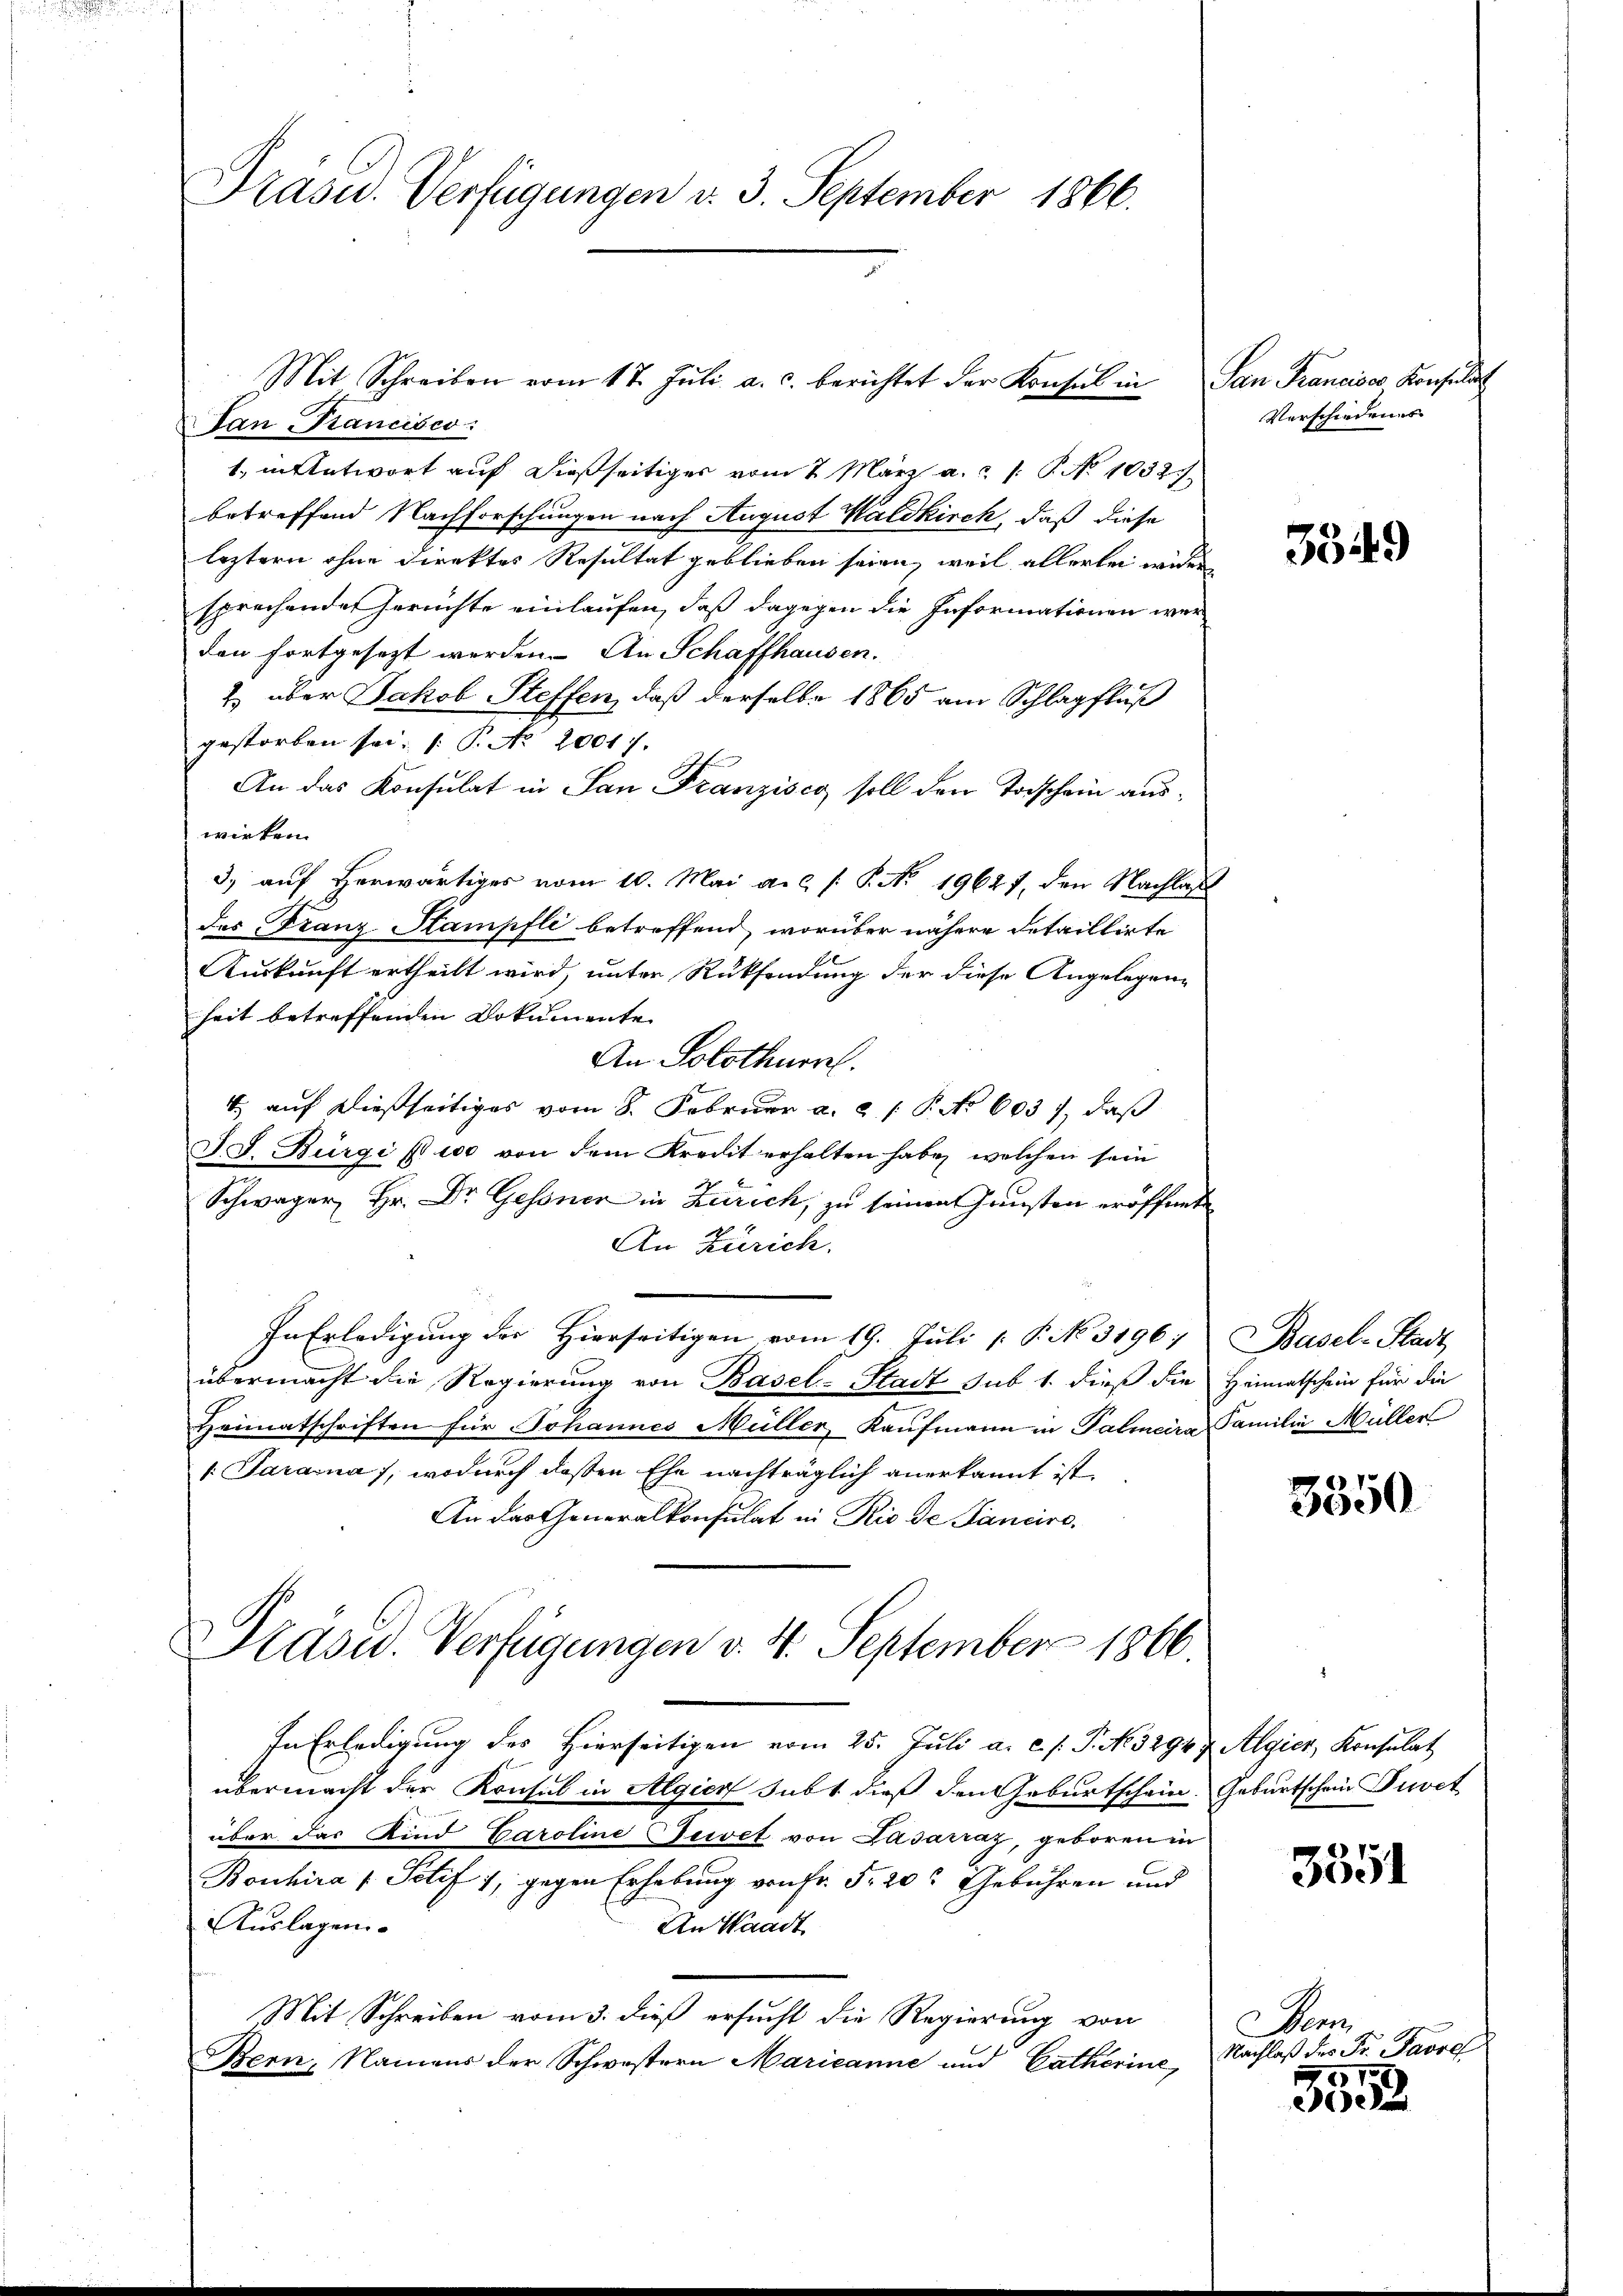
Präsid. Verfügungen d. 3. September 1866.

San Francisco
1. Antwort auf dießseitiges vom 7. März a. P. No 1032.
betreffend Nachforschungen nach August Waldkirch, daß diese
leztern ohne Direktes Resultat geblieben seien, weil allerlei wider
sprechende Gerichte einlaufen, daß dagegen die Informationen wer
den fortgesezt werden. An Schaffhausen.
2. über Jakob Steffen, daß derselbe 1865 am Schlagfluß
gestorben sei. (: P. No 20017.
An das Konsulat in San Franzisco soll den Todschein auswirken.
3) auf herwärtiges vom 10. Mai a.c. /: P. No. 19627, den Nachlaß
des Franz Stampfli betreffend, worüber nähere detaillirte
Auskunft ertheilt wird, unter Rücksendung der diese Angelegen-
heit betreffenden Dokumente
An Solothurn.
4, auf dießseitiges vom 8. Februar a. 21. P. No 6037, daß
ID. Bürgi pr 100 von dem Kredit erhalten habe, welchen sein
Schwager Hr. Dr. Gessner in Zürich, zu seinen Gunsten eröffnete
An Zürich.
In Erledigung der Hierseitigen vom 19. Juli [ P. No. 31967 Basel-Stadt
übermacht die Regierung von Basel-Stadt sub 1. dieß die Heimatschein für die
Heimatschriften für Johannes Müller Kaufmann in Palmeira Familie Müller
Tarasna, wodurch deßen Ehe nachträglich anerkannt ist,
An das Generalkonsulat in Rio de Sanciro¬
Präsid. Verfügungen v. 4. September 1866.
In Erledigung des Hierseitigen vom 25. Juli a. c. s. S. N. 32947 Algier, Konsulat
übermacht der Konsul in Algier subt dieß den Geburtschein Geburtschein Puvet
über das Kind Caroline Gewet von Pasarraz, geboren in
Bouhira / Potif 7, gegen Erhebung von Fr. 5. 20. Gebühren und
Auslagen
An Waadt
Mit Schreiben vom 3. dieß ersucht die Regierung von
Bern, Namens der Schwestern Marieanne und Catherine,

Mit Schreiben vom 17. Jŭli a. c. berichtet der Konsul in San Francises Konsula

Verschiedenes

Dem
Nachlaß des Fr. Parre

3549

3550

3351

5
e